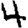
Digit: 4